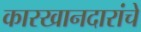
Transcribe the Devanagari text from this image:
कारखानदारांचे